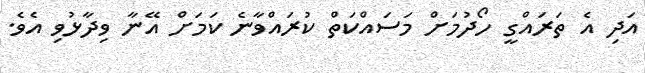
އަދި އެ ތަރައްގީ ހޯދުމަށް މަސައްކަތް ކުރައްވާނެ ކަމަށް އޭނާ ވިދާޅުވި އެވެ.